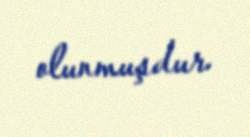
olunmuşdur.